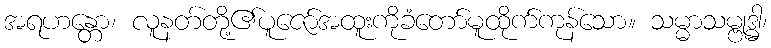
အရဟန္တော၊ လူနတ်တို့၏ပူဇော်အထူးကိုခံတော်မူထိုက်ကုန်သော။ သမ္မာသမ္ဗုဒ္ဓါ၊